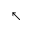
\nwarrow